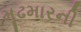
મૂઢમારની